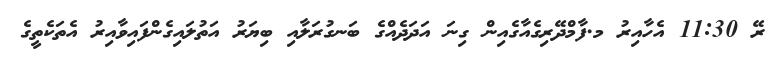
ރޭ 11:30 އެހާއިރު މ.ފާމްދޭރިގެއާގެއިން ގިނަ އަދަދެއްގެ ބަނގުރަލާއި ބިޔަރު އަތުލައިގެންފައިވާއިރު އެތަކެތީގެ